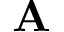
\mathbf { A }